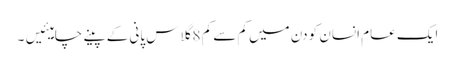
ایک عام انسان کو دن میں کم سے کم 8 گلاس پانی کے پینے چاہیئیں۔